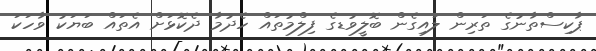
ޕާކިސްތާނުގެ ތަރިން ލައިގެން ބޮލީވުޑގެ ފިލްމުތައް ހެދުމާ ދެކޮޅަށް އެތައް ބަޔަކު ވާހަކަ